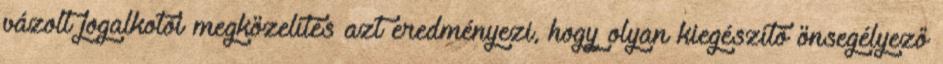
vázolt jogalkotói megközelítés azt eredményezi, hogy olyan kiegészítő önsegélyező